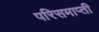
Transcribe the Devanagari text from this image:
परिसमाप्ती